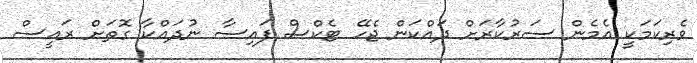
ވެރިކަމަކީ އެމެން ސަރުކާރަށް ދައްކަން ޖެހޭ ޓެކްސް ފައިސާ ނުދައްކާ ގޮތަށް ރައީސް